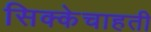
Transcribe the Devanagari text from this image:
सिक्केचाहती